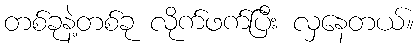
တစ်ခုနဲ့တစ်ခု လိုက်ဖက်ပြီး လှနေတယ်။